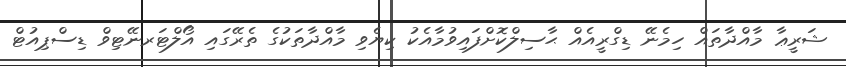
ޝަރީޢާ މާއްދާތައް ހިމެނޭ ޑިގްރީއެއް ޙާސިލްކޮށްފައިވުމާއެކު ކިޔެވި މާއްދާތަކުގެ ތެރޭގައި އޯލްޓަރނޭޓިވް ޑިސްޕިއުޓް